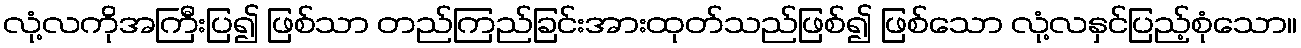
လုံ့လကိုအကြီးပြ၍ ဖြစ်သာ တည်ကြည်ခြင်းအားထုတ်သည်ဖြစ်၍ ဖြစ်သော လုံ့လနှင်ပြည့်စုံသော။